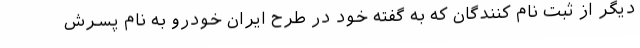
دیگر از ثبت نام کنندگان که به گفته خود در طرح ایران خودرو به نام پسرش